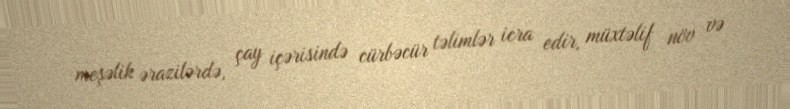
meşəlik ərazilərdə, çay içərisində cürbəcür təlimlər icra edir, müxtəlif növ və